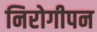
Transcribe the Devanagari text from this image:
निरोगीपन